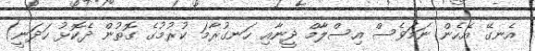
އެނގޭ އެހެން ނަމަވެސް އިސްލާމް ދީނާއި ހަނގުރާމަ ކުރުމުގެ ގޮތުން ދެކޮޅު ހަދަނީ)